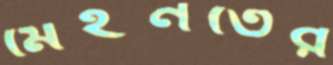
মেহনতের